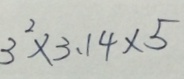
3 ^ { 2 } \times 3 . 1 4 \times 5